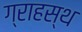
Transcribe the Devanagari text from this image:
ग्राहस्थ